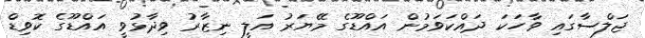
ޖަލްސާގައި ވާހަކަ ދައްކަވަމުން އައްޑޫގެ މޭޔަރު އަލީ ނިޒާރު ވިދާޅުވީ އައްޑޫގެ ކޮވިޑް